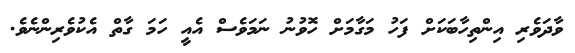
ވާދަވެރި އިންތިހާބަކަށް ފަހު މަގާމަށް ހޮވުނު ނަމަވެސް އެއީ ހަމަ ގާތް އެކުވެރިންނެވެ.